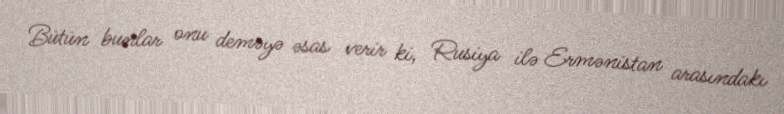
Bütün bunlar onu deməyə əsas verir ki, Rusiya ilə Ermənistan arasındakı